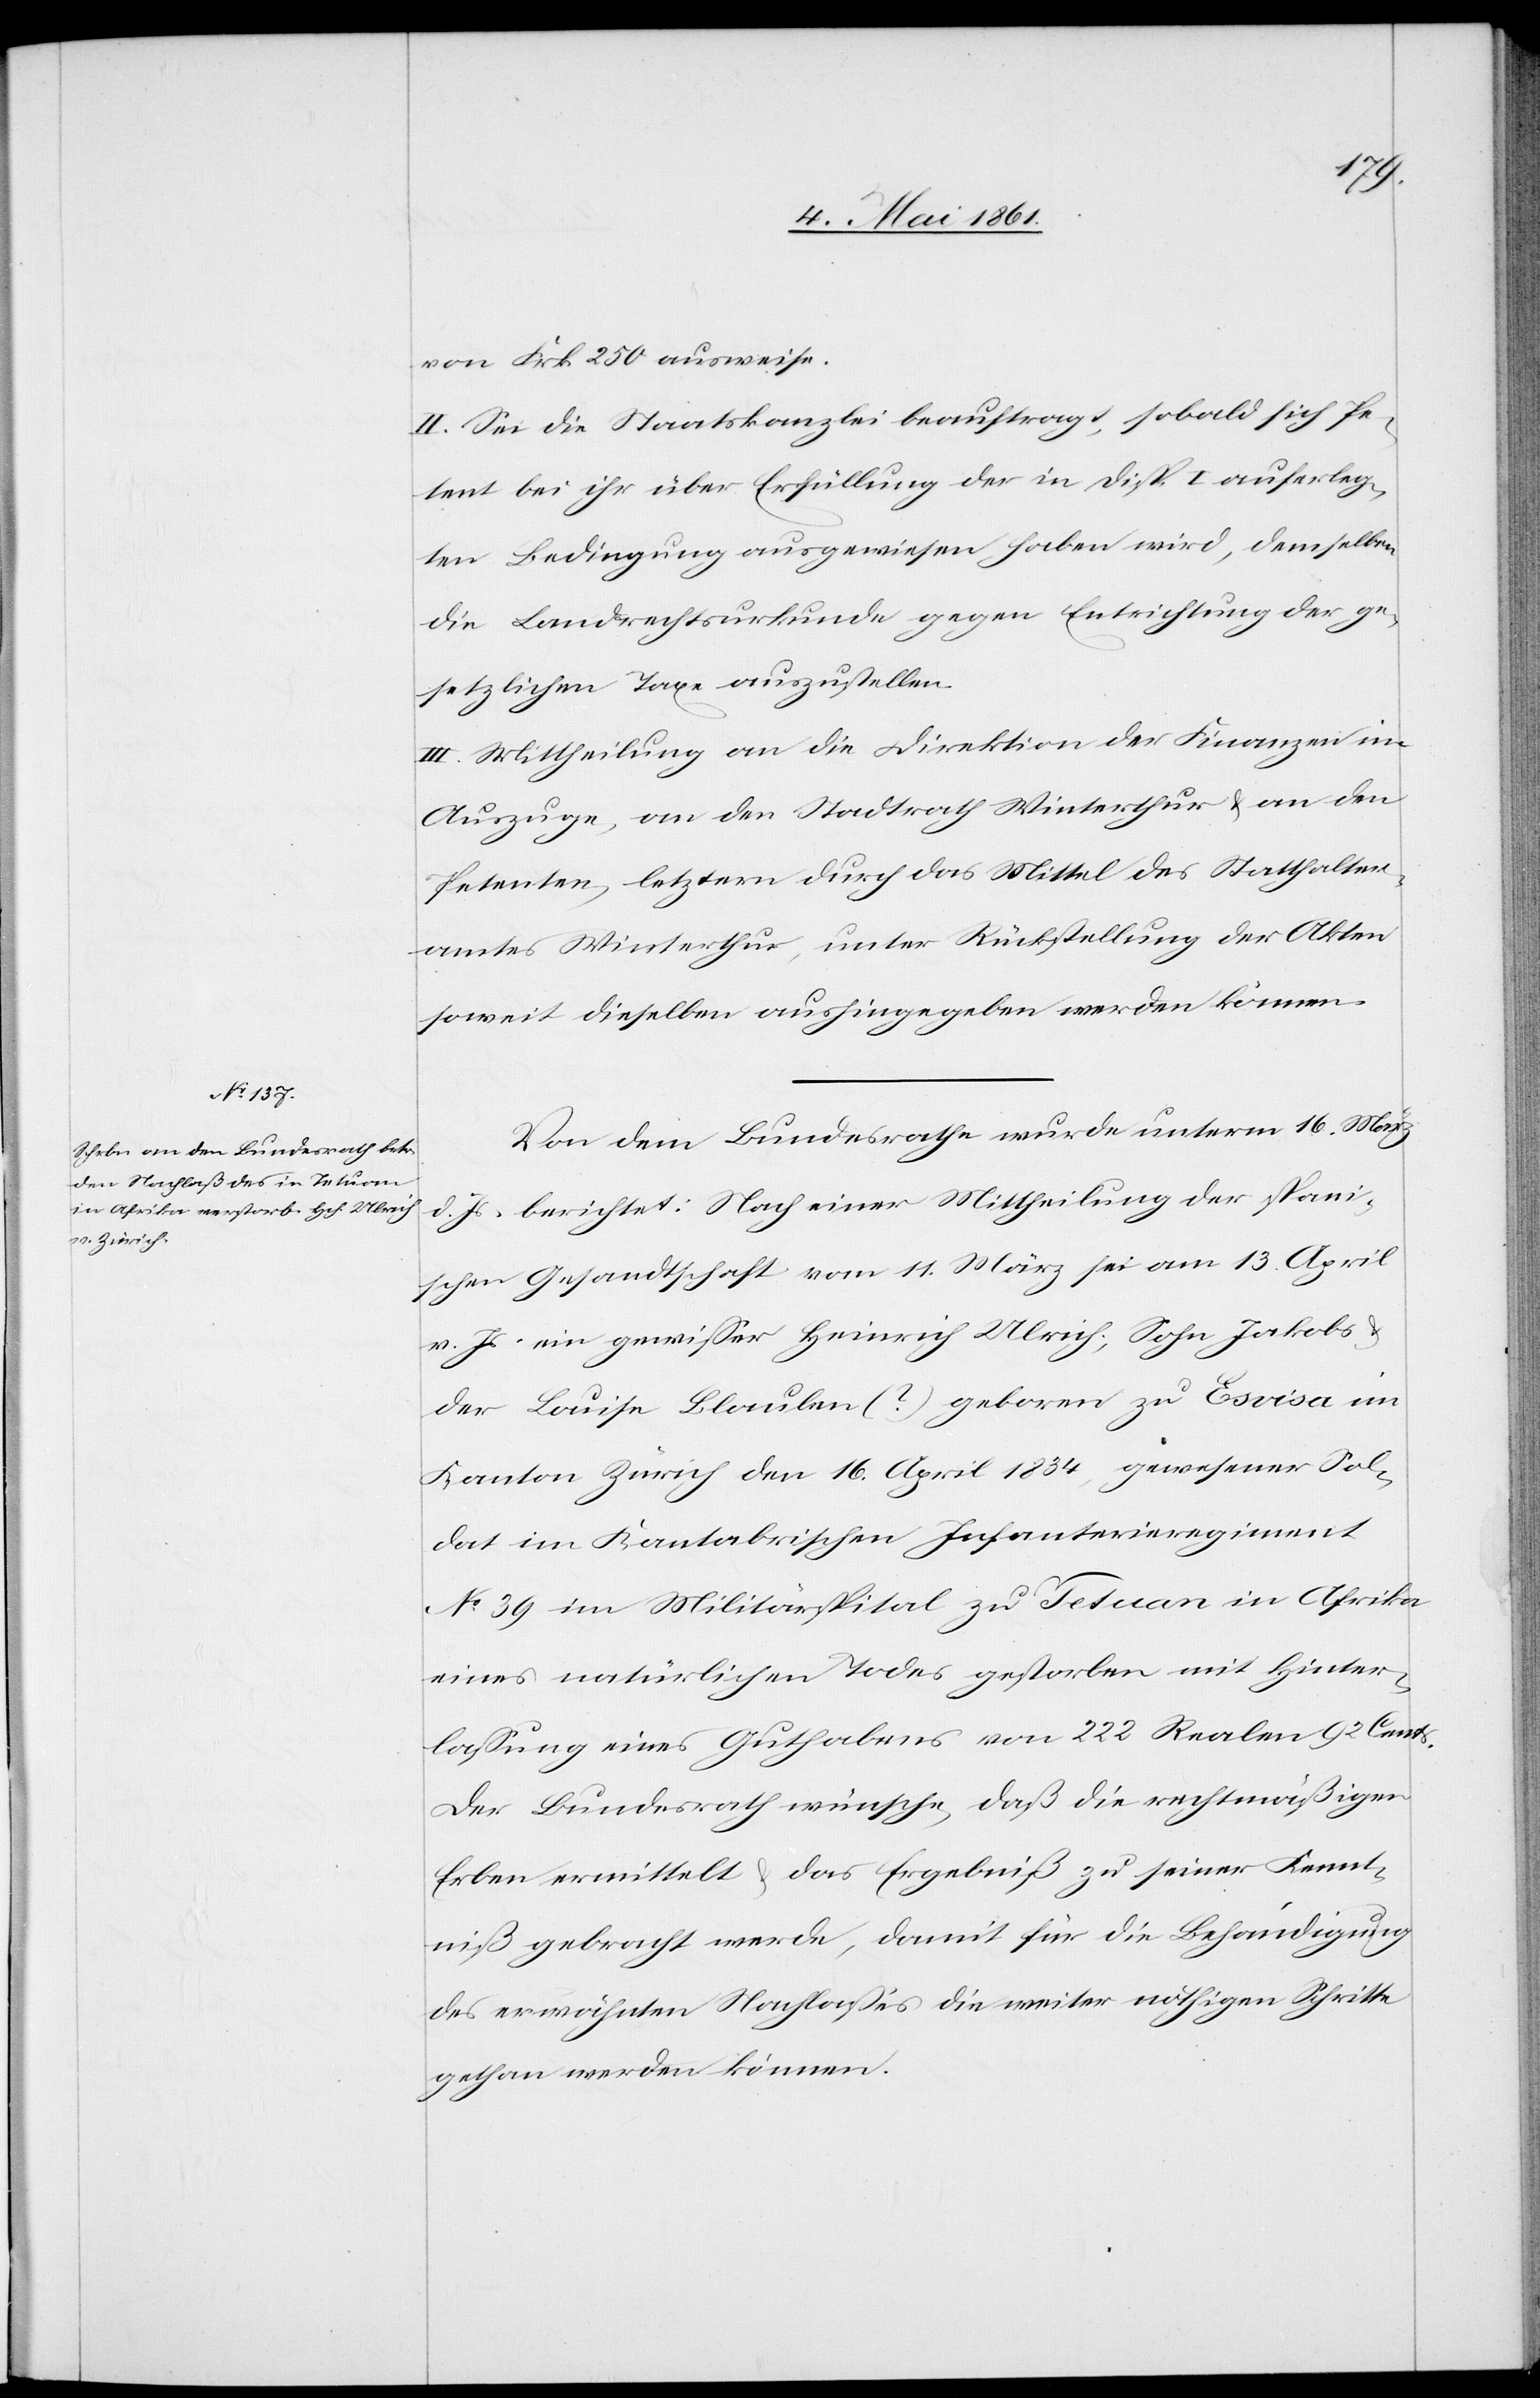
von Frk. 250 ausweise.
II. Sei die Staatskanzlei beauftragt, sobald sich Pe¬
tent bei ihr über Erfüllung der in Disp. I. auferleg¬
ten Bedingung ausgewiesen haben wird, demselben
die Landrechtsurkunde gegen Entrichtung der ge¬
setzlichen Taxe auszustellen.
III. Mittheilung an die Direktion der Finanzen im
Auszuge, an den Stadtrath Winterthur u. an den
Petenten, letztern durch das Mittel des Statthalter¬
amtes Winterthur, unter Rückstellung der Akten
soweit dieselben aushingegeben werden können.
Vom dem Bundesrathe wurde unterm 16. März
d. Js. berichtet: Nach einer Mittheilung der spani¬
schen Gesandtschaft vom 11. März sei am 13. April
v. Js. ein gewisser Heinrich Ulrich, Sohn Jakobs
der Louise Bloulen (?) geboren zu Esvisa im
Kanton Zürich den 16. April 1834, gewesener Sol¬
dat im Kantabrischen Infanterieregiment
No 39 im Militärspital zu Tetuan in Afrika
eines natürlichen Todes gestorben mit Hinter¬
lassung eines Guthabens von 222 Realen 92 Cents.
Der Bundesrath wünsche, daß die rechtmäßigen
Erben ermittelt u. das Ergebniß zu seiner Kennt¬
niß gebracht werde, damit für die Behändigung
des erwähnten Nachlasses die weiter nöthigen Schritte
gethan werden können.